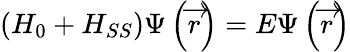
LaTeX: \left(H_{0}+H_{SS}\right)\Psi\left(\overrightarrow{r}\right)=E\Psi\left(\overrightarrow{r}\right)